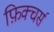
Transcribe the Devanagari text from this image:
फ़िक्चर्स